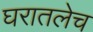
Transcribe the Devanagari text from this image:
घरातलेच